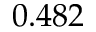
0 . 4 8 2